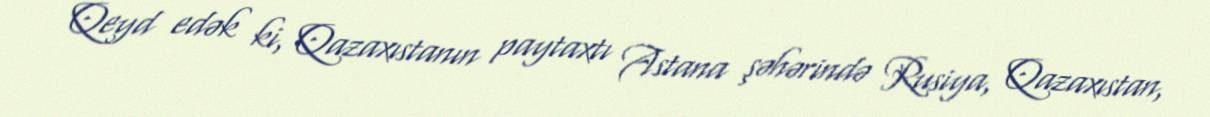
Qeyd edək ki, Qazaxıstanın paytaxtı Astana şəhərində Rusiya, Qazaxıstan,